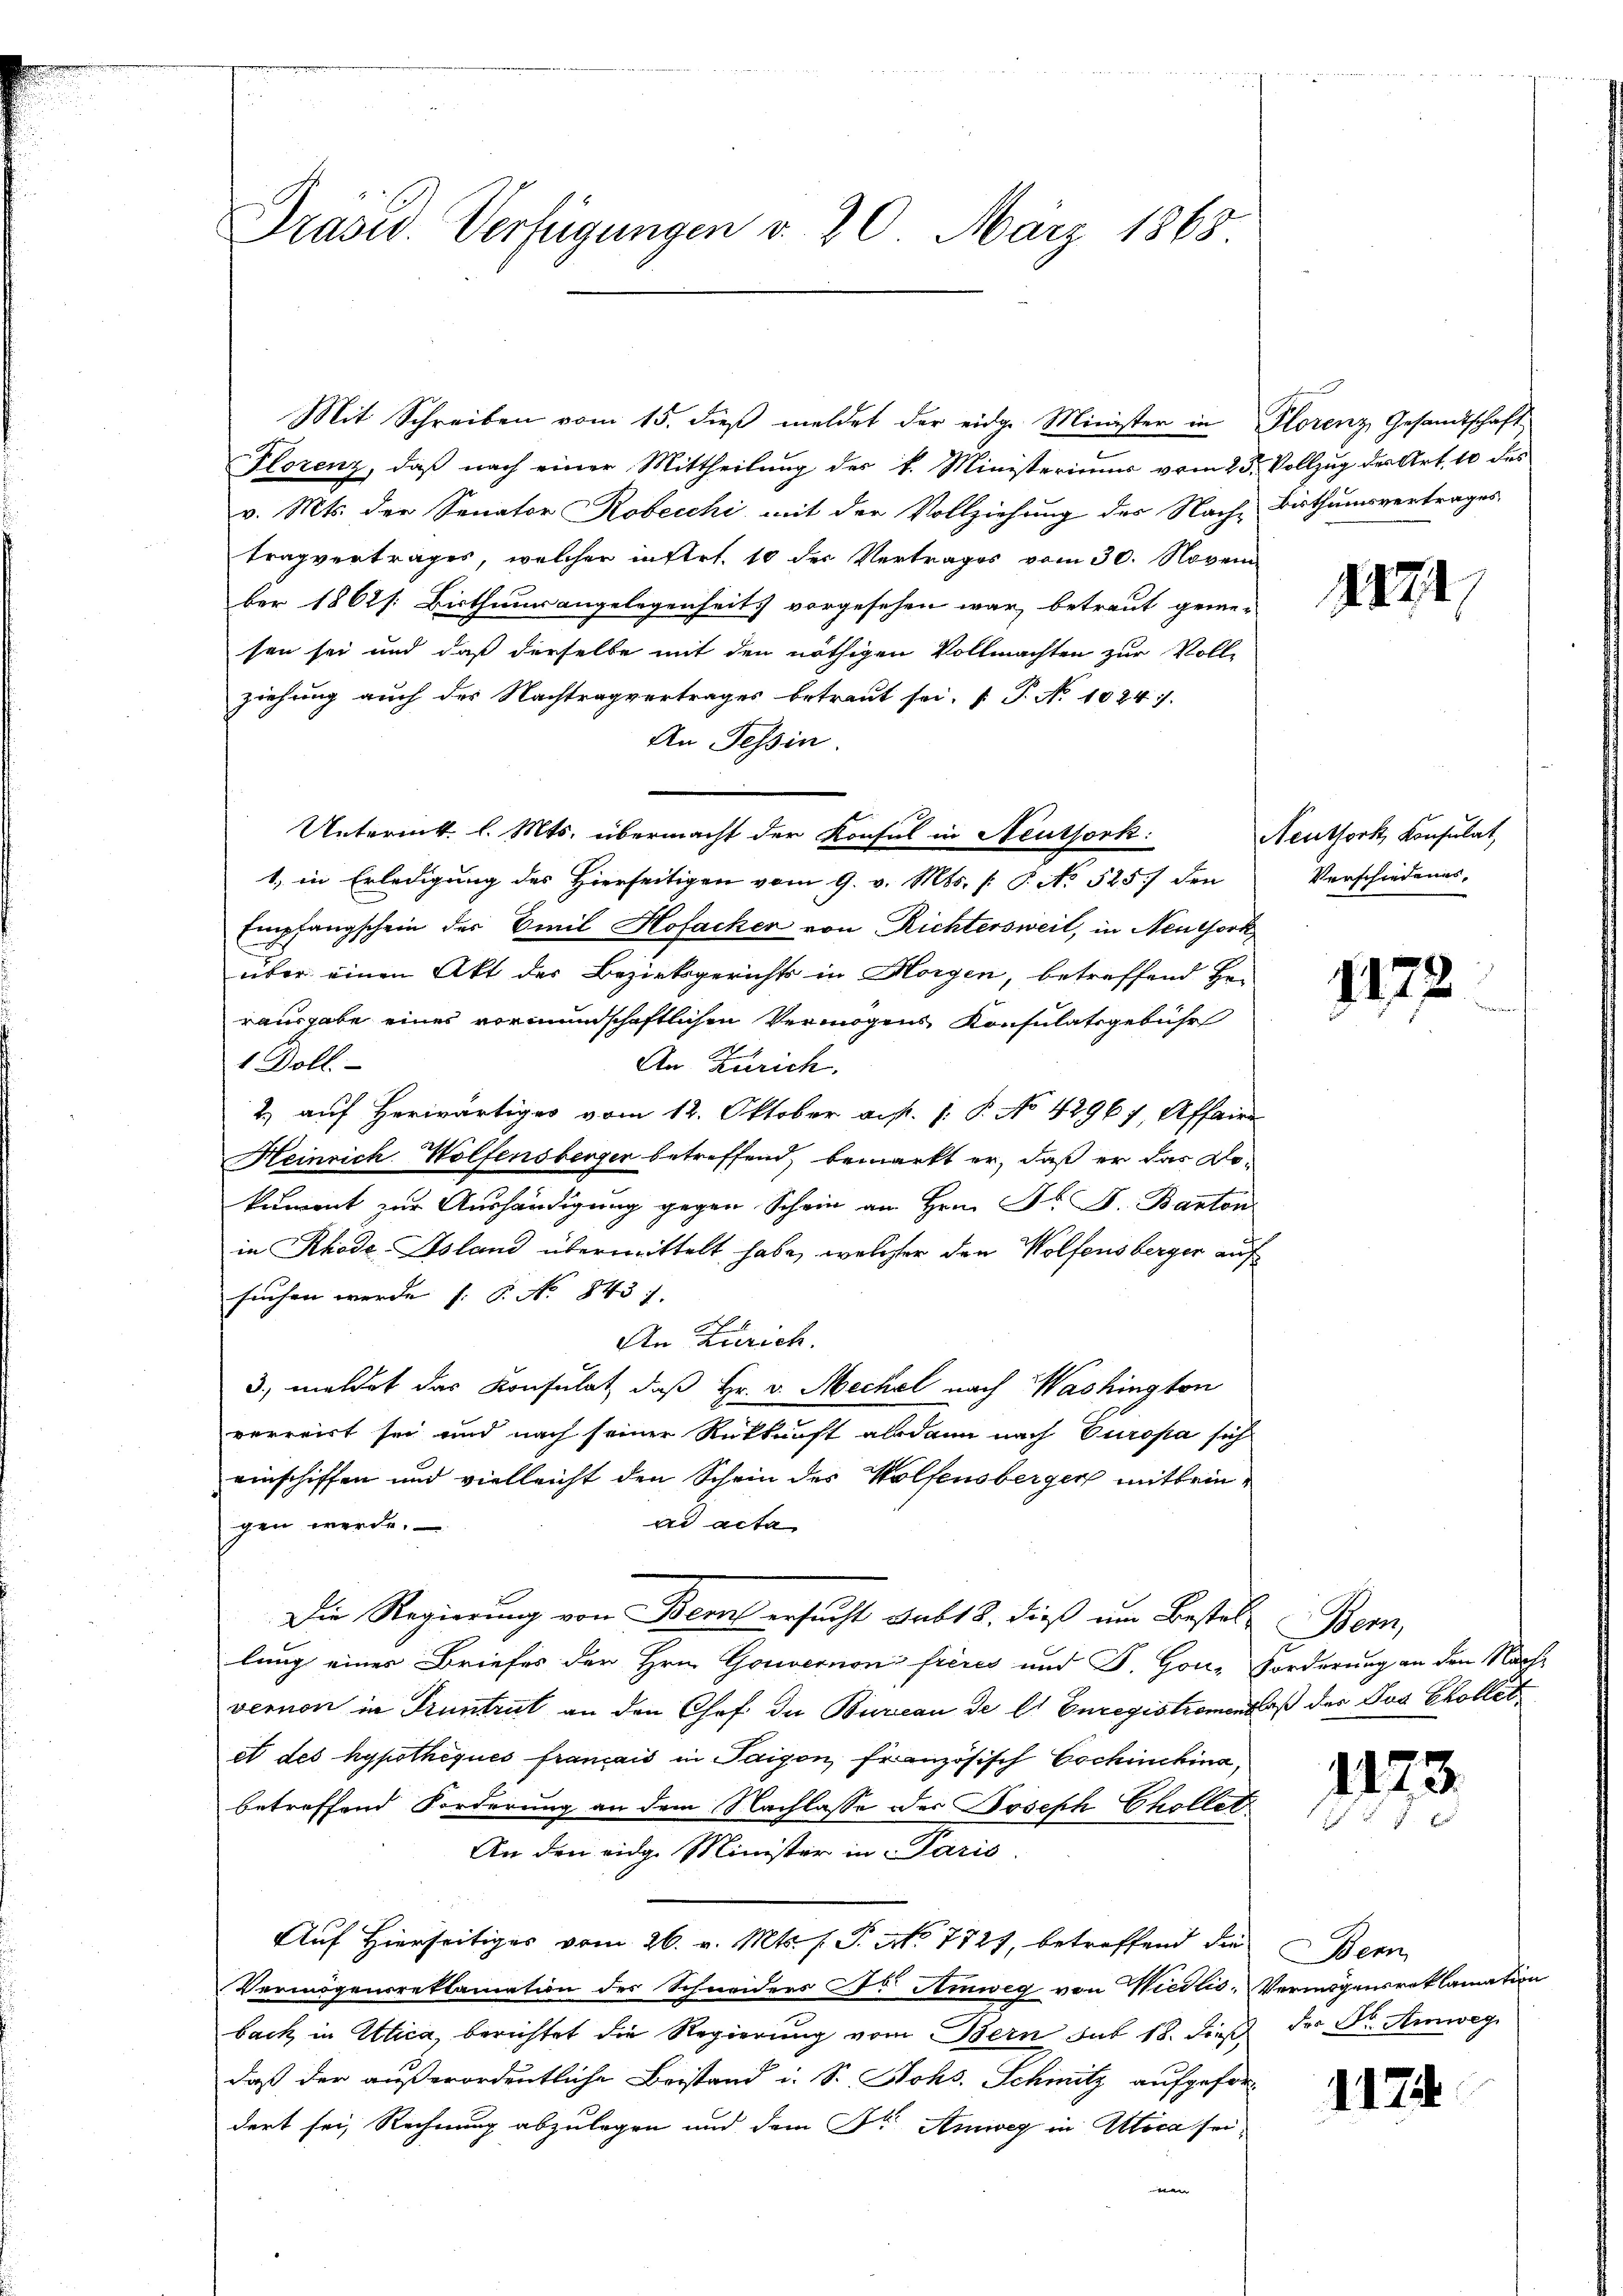
Präsid. Verfügungen v. 20. März 1863

Mit Schreiben vom 15. dieβ meldet der eidg. Minister in Plorenz, Gesandtschaft-
Florenz, daß nach einer Mittheilung des k. Ministeriums vom 23. Vollzug der Art. 10 des
v. Mts. der Senator Robecchi mit der Vollziehung des Nach- Bisthumsvertrages
trag vertrages, welcher intert. 10 des Vertrages vom 30. Novem
ber 1861 s. Bisthums angelegenheits vorgesehen war, betraut gewe-
sen sei und daß derselbe mit den nöthigen Vollmachten zur Voll-
ziehung auch des Nachtragvertrages betraut sei. (T. No 1024.
An Tessin.
Untermt. l. Mts. übermacht der Konsul in Neutserk:
1. in Erledigung des Hierseitigen vom 9. v. Mts. f. P. No 525. den
Empfangschein der Emil Hofacker von Richtersweil, in Neuthork
über einen Akt der Bezirksgerichts in Horgen, betreffend Her
rausgabe eines vormundschaftlichen Vermögens Konsulatsgebühr
1 Doll.
An Zürich.
2) auf Herwärtiges vom 12. Oktober a.p. 1. P. No 42967, Affaire
Heinrich Wolfensberger betreffend, bemarkt er, daß er das Lokument zur Aushändigung gegen Schein an Hrn. Fr. J. Banton
in Rhode Island übermittelt habe, welcher den Wolfensberger auf
suchen werde s. B. No 843 f.
An Zürich.
3. meldet das Konsulat, daß Hr. v. Mechel nach Washington
verreist sei und nach seiner Rückkunft alsdann nach Europa sich
einschiffen und vielleicht den Schein des Wolfensberger mitteinad acta
gen werde.
Die Regierung von Bern ersucht sub 12. dieß um Bestel- Bern,
lung eines Briefes der Hrn. Gouvernon freies und D. Gon-Forderung an den Nacht
vernon in Truntrut an den Chef der Bureau de l. Enregistromendloß der Jus Chollet
et des hypothéqués français in Saison, französisch Cochinchina,
betreffend Forderung an dem Nachlasse der Joseph Chollet
An den eidg. Minister in Paris.
Auf Hierseitiges vom 26. v. Mts. f. P. No 7727, betreffend die
Vermögensreklamation des Schneiders Fr. Amweg von Wiedlis, Vermögensroklamation
back in Attica, berichtet die Regierung vom Bern sub 18. dieß der Dr. Amweg
daß der außerordentliche Beistand i. Sr. Hohs. Schmitz aufgefordert sei, Rechnung abzulegen und dem Dr. Amweg in Mica sei
en

1222

Neuthork, Konsulat,
Verschiedenes,

1172

1173.

Bern

1174